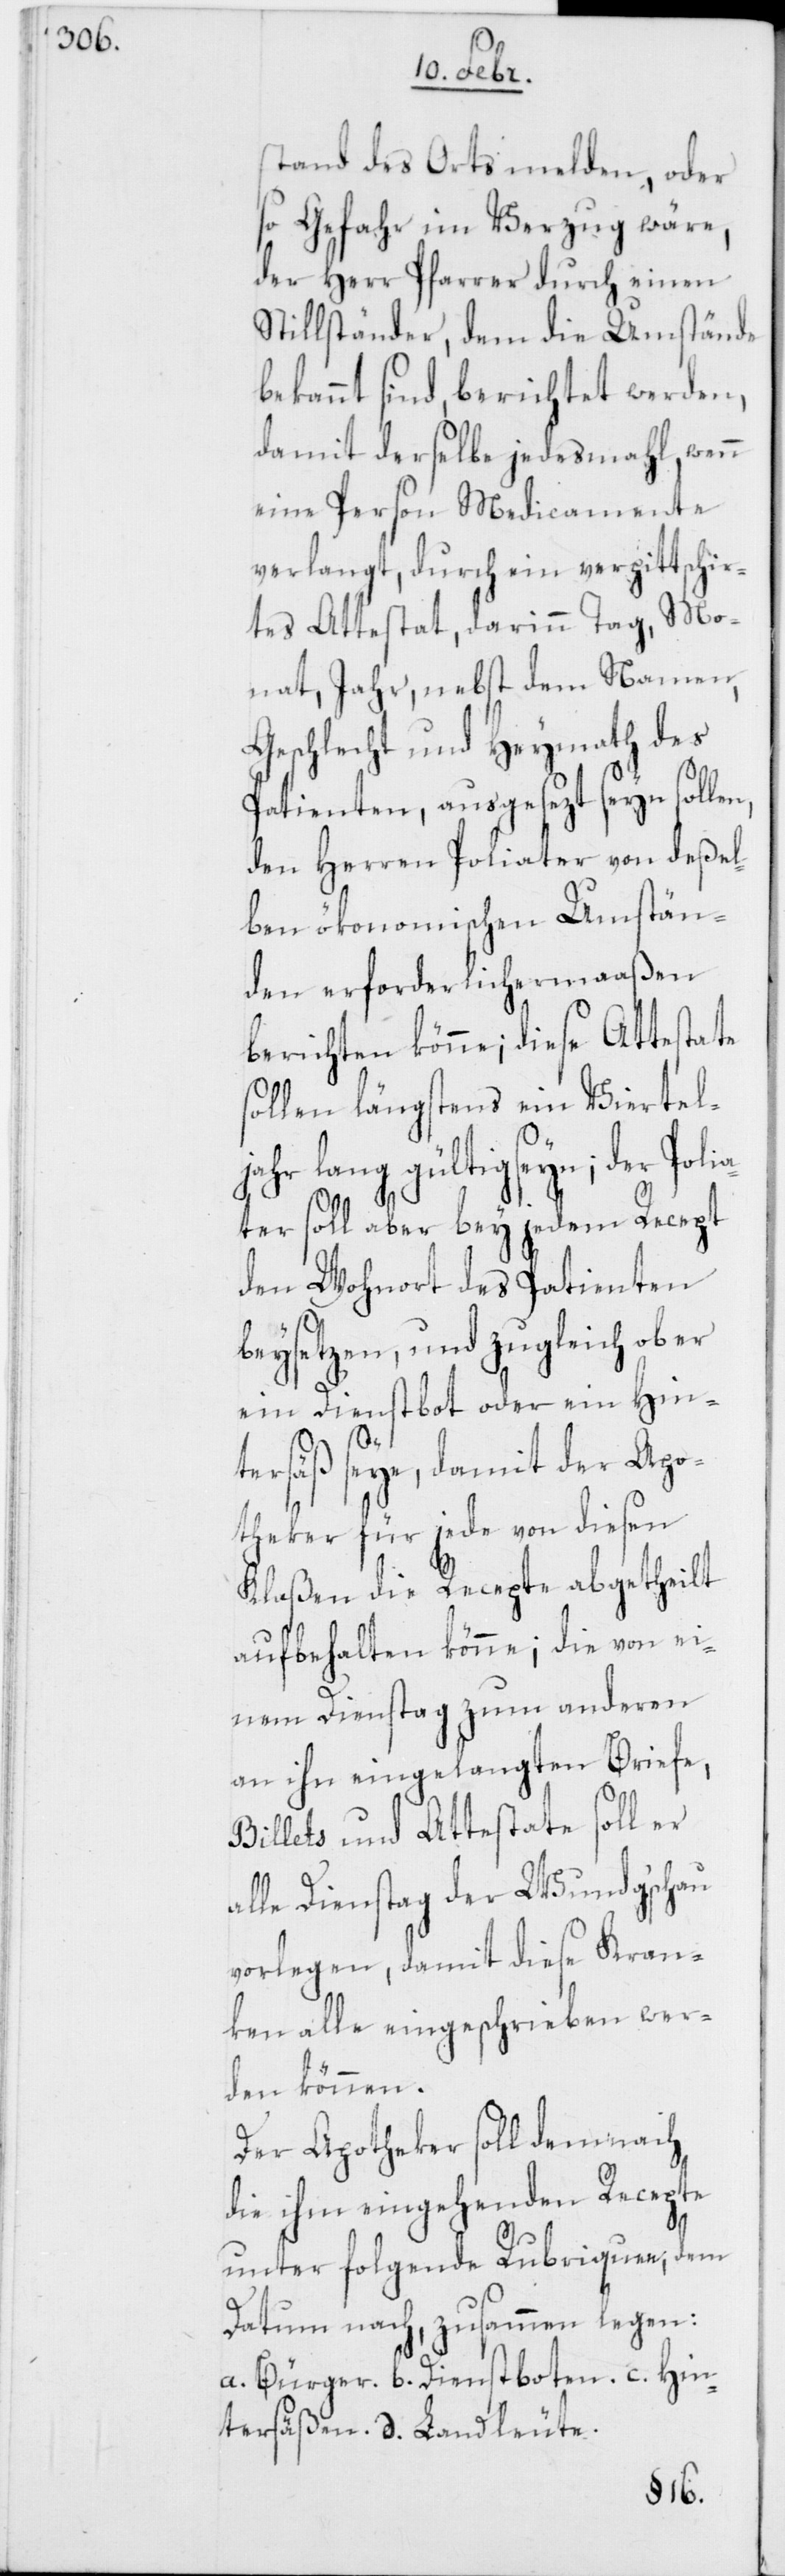
stand des Orts melden, oder
so Gefahr im Verzug wäre,
der Herr Pfarrer durch einen
Stillständer, dem die Umstände
bekannt sind, berichtet werden,
damit derselbe jedesmahl wenn
eine Person Medicamente
verlangt, durch ein verpittschir¬
tes Attestat, darinn Tag, Mo¬
nat, Jahr, nebst dem Namen,
Geschlecht und Heymath des
Patienten, ausgesezt seyn sollen,
den Herren Poliater von deßel¬
ben ökonomischen Umstän¬
den erforderlichermaaßen
berichten könne; diese Attestate
sollen längstens ein Viertel¬
hr lang gültig seyn; der Pol¬
iater soll aber bey jedem Recept
den Wohnort des Patienten
beysetzen, und zugleich ob er
ja¬
ein Dienstbot oder ein Hin¬
tersäß seye, damit der Apo¬
theker für jede von diesen
Klaßen die Recepte abgetheilt
aufbehalten könne; die von ei¬
nem Dienstag zum anderen
an ihn eingelangten Briefe,
Billets und Attestate soll er
alle Dienstag der Wundg’schau
vorlegen, damit diese Kran¬
ken alle eingeschrieben wer¬
den können.
Der Apotheker soll demnach
die ihm eingehenden Recepte
unter folgende Rubriquen, dem
Datum nach, zusammen legen:
a. Bürger. b. Dienstboten. c. Hin¬
tersäßen. d. Landleute.